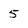
Character: 5